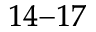
^ { 1 4 - 1 7 }